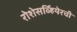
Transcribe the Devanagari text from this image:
रोशेसर्व्हियेरची